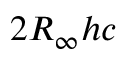
2 R _ { \infty } h c